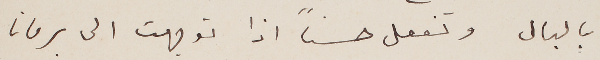
بالبال وتفعل حسناً اذا توجهت الى برمانا